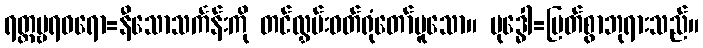
ရတ္တမ္ဗရဓရော=နီသောသင်္ကန်းကို တင်လွှမ်းဝတ်ရုံတော်မူသော။ ဗုဒ္ဓေါ=မြတ်စွာဘုရားသည်။